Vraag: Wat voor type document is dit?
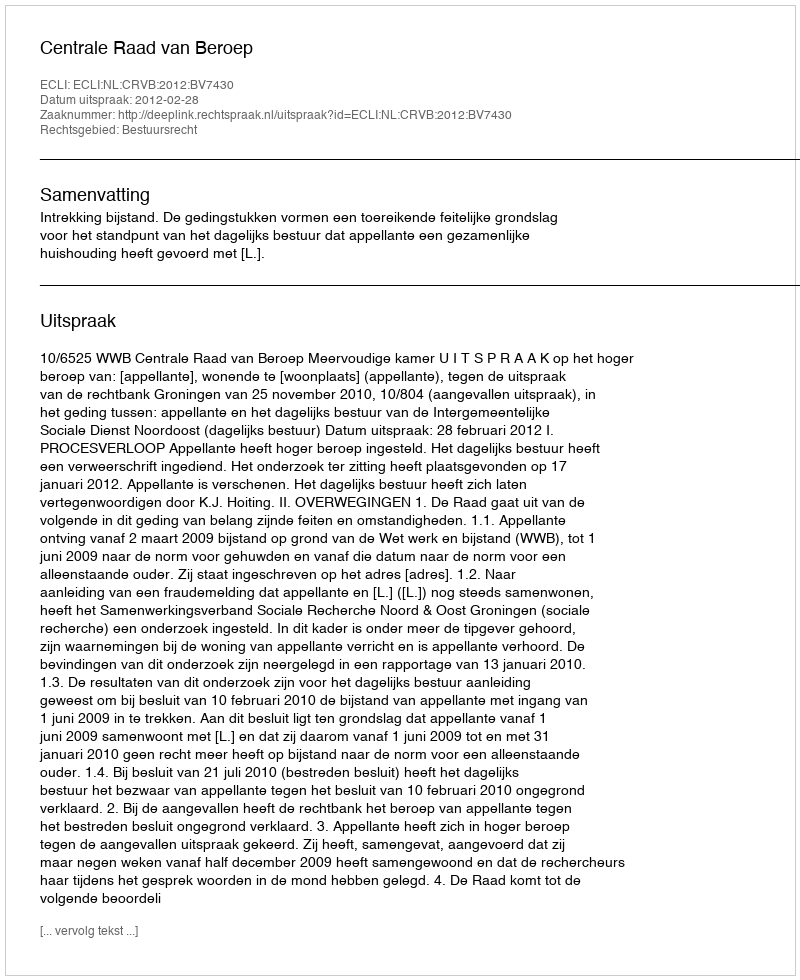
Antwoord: Uitspraak